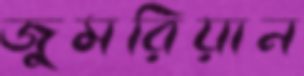
জুমরিয়ান